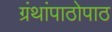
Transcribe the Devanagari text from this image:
ग्रंथांपाठोपाठ